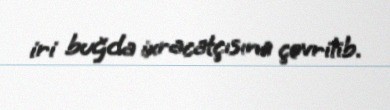
iri buğda ixracatçısına çevrilib.